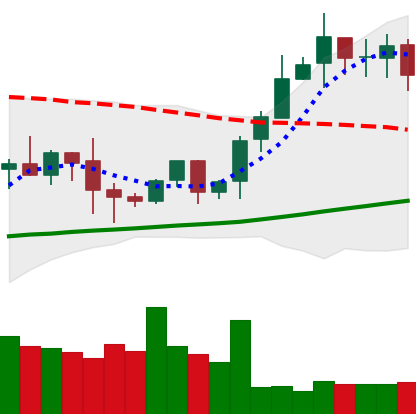
Ticker: BTC-USD
Chart end date: 2020-10-16
Forward return: 13.262%
Label: up_7plus